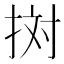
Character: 𢬭